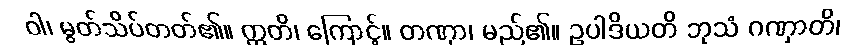
ဝါ၊ မွတ်သိပ်တတ်၏။ ဣတိ၊ ကြောင့်။ တဏှာ၊ မည်၏။ ဥပါဒိယတိ ဘုသံ ဂဏှာတိ၊